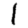
Digit: 1